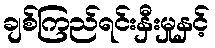
ချစ်ကြည်ရင်းနှီးမှုနှင့်